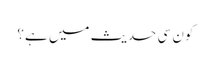
کون سی حدیث میں ہے؟